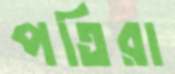
পতিরা